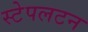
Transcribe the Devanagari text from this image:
स्टेपलटन